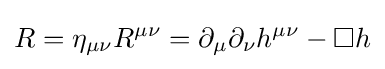
R=\eta _{\mu \nu }R^{\mu \nu }=\partial _{\mu }\partial _{\nu }h^{\mu \nu }-\square h